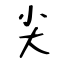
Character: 尖